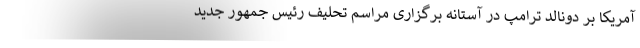
آمریکا بر دونالد ترامپ در آستانه برگزاری مراسم تحلیف رئیس جمهور جدید